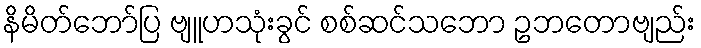
နိမိတ်ဘော်ပြ ဗျူဟသုံးခွင် စစ်ဆင်သဘော ဥဘတောဗျည်း